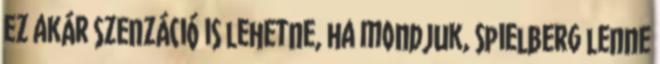
ez akár szenzáció is lehetne, ha mondjuk, Spielberg lenne